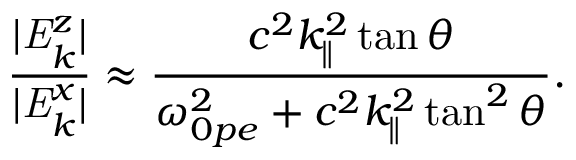
\frac { | \mathit { { E } } _ { k } ^ { z } | } { | \mathit { { E } } _ { k } ^ { x } | } \approx \frac { c ^ { 2 } k _ { \parallel } ^ { 2 } \tan \theta } { \omega _ { 0 p e } ^ { 2 } + c ^ { 2 } k _ { \parallel } ^ { 2 } \tan ^ { 2 } \theta } .